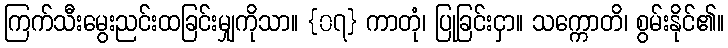
ကြက်သီးမွေးညင်းထခြင်းမျှကိုသာ။ {၀၇} ကာတုံ၊ ပြုခြင်းငှာ။ သက္ကောတိ၊ စွမ်းနိုင်၏။